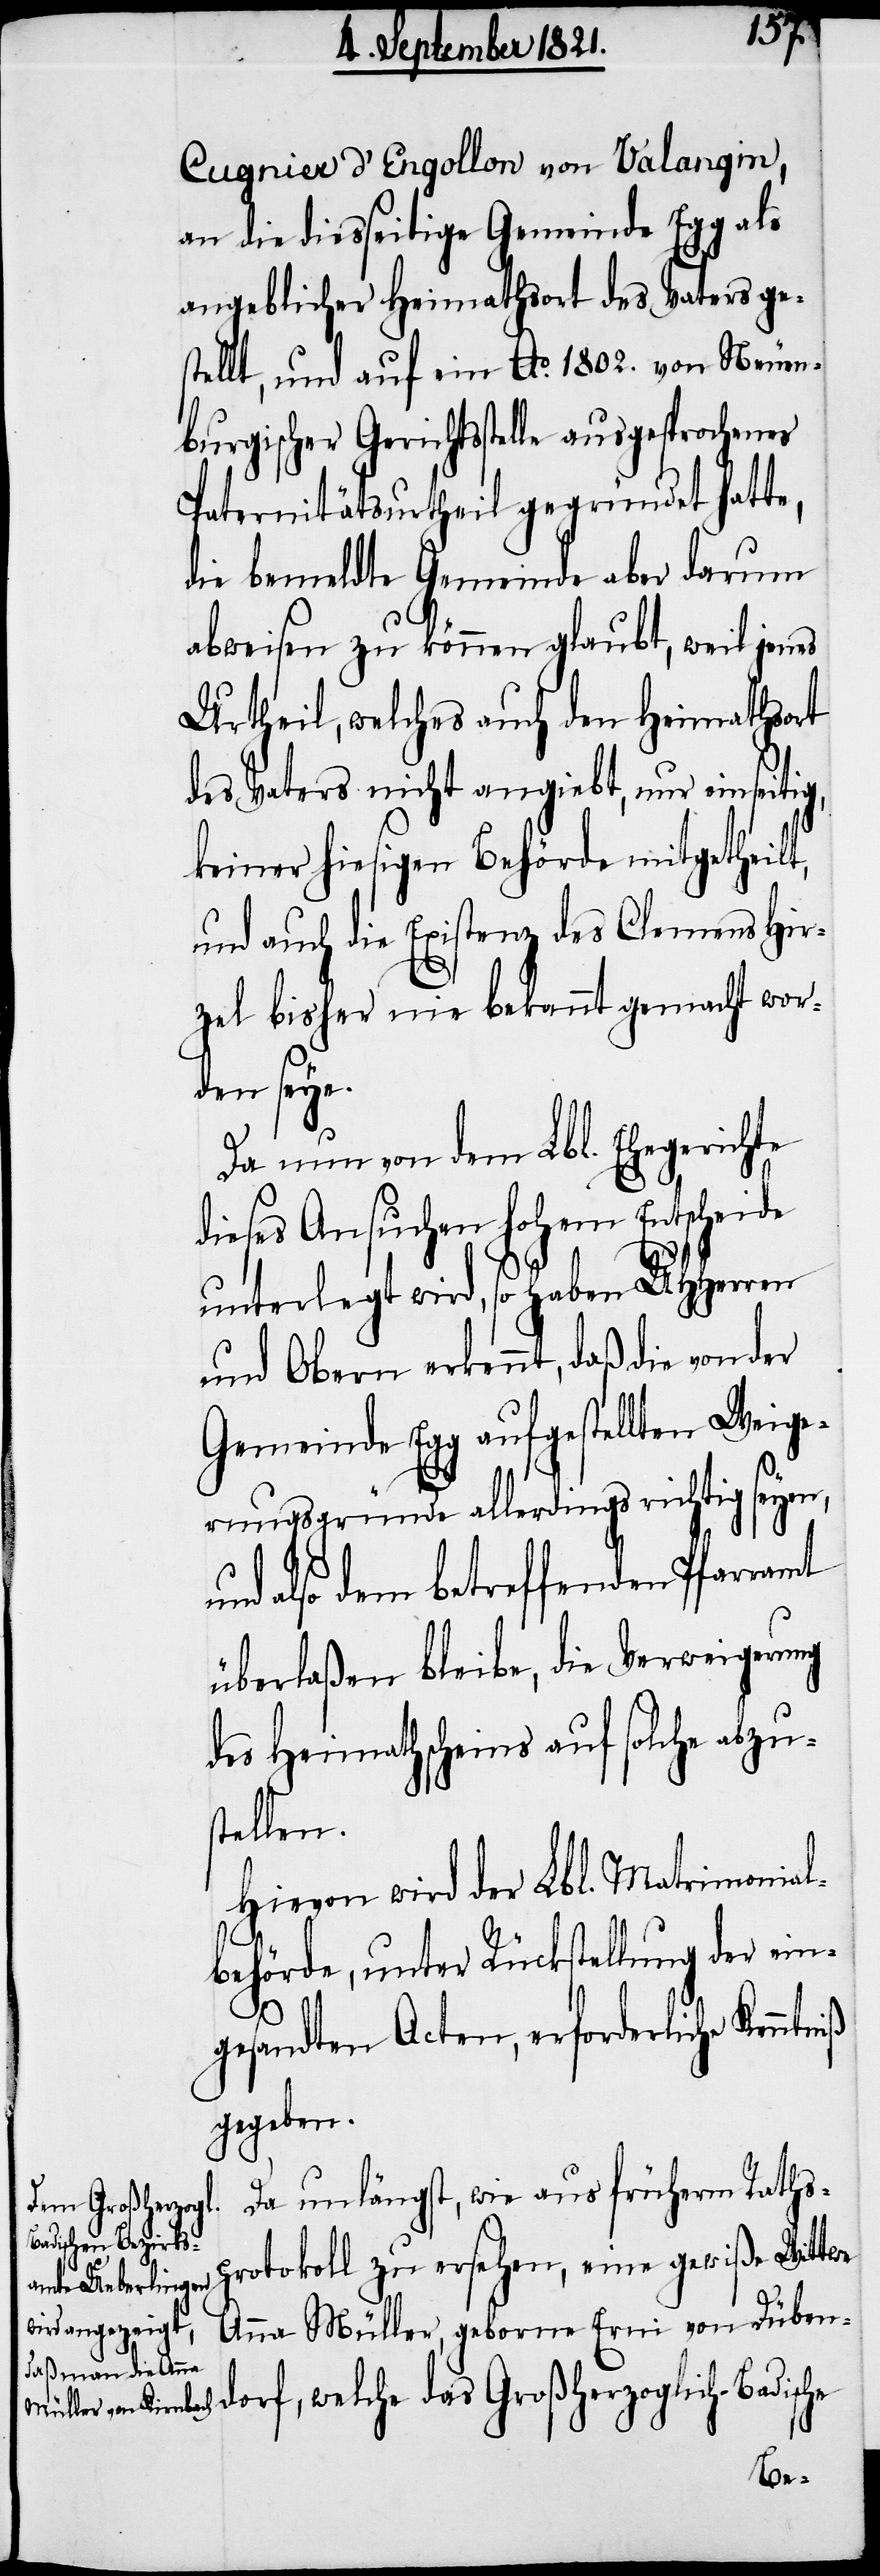
Cugnier d’Engollon von Valangin,
an die diesseitige Gemeinde Egg als
angeblicher Heimathsort des Vaters ge¬
stellt, und auf ein Ao. 1802. von Neuen¬
burgischer Gerichtsstelle
Paternitätsurtheil gegründet hatte,
die bemeldte Gemeinde aber darum
abweisen zu können glaubt, weil jenes
Urtheil, welches auch den Heimathsort
des Vaters nicht angibt, nur einseitig,
keiner hiesigen Behörde mitgetheilt,
und auch die Existenz des Clemens Hir¬
zel bisher nie bekannt gemacht wor¬
den seye.
Da nun von dem Lbl. Ehegerichte
dieses Ansuchen hohem Entscheide
unterlegt wird, so haben UHHerren
und Obern erkennt, daß die von der
Gemeinde Egg aufgestellten Weige¬
rungsgründe allerdings richtig seyen,
und also dem betreffenden Pfarramt
überlaßen bleibe, die Verweigerung
des Heimathscheins auf solche abzu¬
stellen.
Hievon wird der Lbl. Matrimonial¬
behörde, unter Rücksendung der ein¬
gesandten Acten, erforderliche
gegeben.
Da unlängst, wie aus früherem Raths¬
protocoll zu ersehen, eine gewiße Wittwe
Anna Müller, geborene Erni von Düben¬
dorf, welche das Großherzoglich-Badische